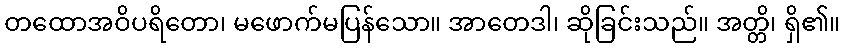
တထောအဝိပရိတော၊ မဖောက်မပြန်သော။ အာတေဒါ၊ ဆိုခြင်းသည်။ အတ္တိ၊ ရှိ၏။